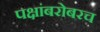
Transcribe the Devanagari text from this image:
पक्षांबरोबरच